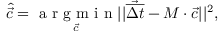
\hat { \vec { c } } = \underset { \vec { c } } { \mathrm { ~ a ~ r ~ g ~ m ~ i ~ n ~ } } | | \vec { \overline { { \Delta t } } } - \boldsymbol { M } \cdot \vec { c } | | ^ { 2 } ,